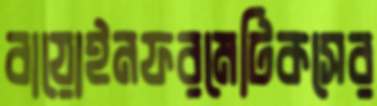
বায়োইনফরমেটিকসের